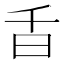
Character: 𣅌